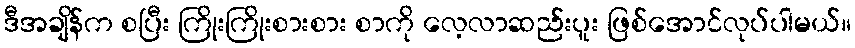
ဒီအချိန်က စပြီး ကြိုးကြိုးစားစား စာကို လေ့လာဆည်းပူး ဖြစ်အောင်လုပ်ပါမယ်။